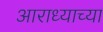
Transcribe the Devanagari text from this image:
आराध्याच्या